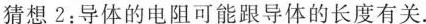
猜想2：导体的电阻可能跟导体的长度有关.